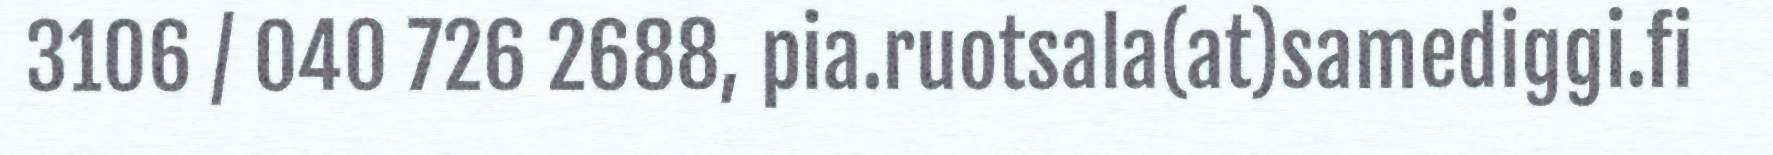
3106 / 040 726 2688, pia.ruotsala(at)samediggi.fi